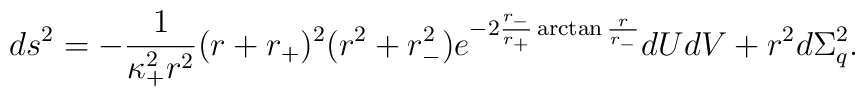
ds^2=-\frac{1}{\kappa_+^2 r^2}(r+r_+)^2 (r^2+r_-^2)e^{-2\frac{r_-}{r_+}\arctan \frac{r}{r_-}}dUdV+r^2d\Sigma_q^2.